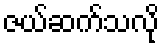
ဇယ်ဆက်သလို